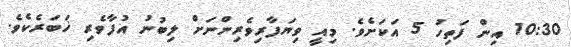
10:30 އިން ފަތިހު 5 އަކަށެވެ. މިއީ ވިޔަފާރިވެރިންނަށް ލިބުނު އުފާވެރި ޚަބަރެކެވެ.